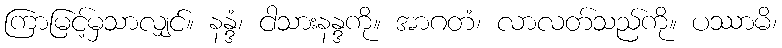
ကြာမြင့်မှသာလျှင်။ နန္ဒံ၊ ငါသားနန္ဒကို။ အာဂတံ၊ လာလတ်သည်ကို။ ပဿာမိ၊